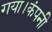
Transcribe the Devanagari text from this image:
गया।कंपनी